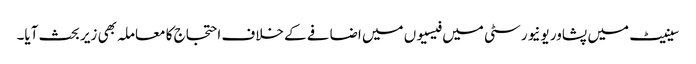
سینیٹ میں پشاور یونیورسٹی میں فیسیوں میں اضافے کے خلاف احتجاج کا معاملہ بھی زیر بحث آیا۔